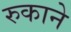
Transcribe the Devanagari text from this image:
रुकाने